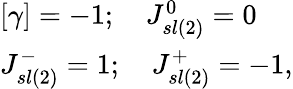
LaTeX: \begin{array}{lcr}{{\lbrack\gamma\rbrack=-1;\quad J_{sl(2)}^{0}=0}}\\ {{J_{sl(2)}^{-}=1;\quad J_{sl(2)}^{+}=-1,}}\end{array}